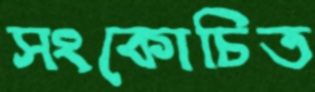
সংকোচিত